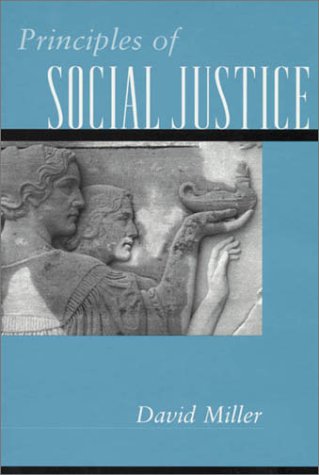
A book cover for Principles of Social Justice; David Miller; Politics & Social Sciences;